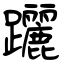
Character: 躧